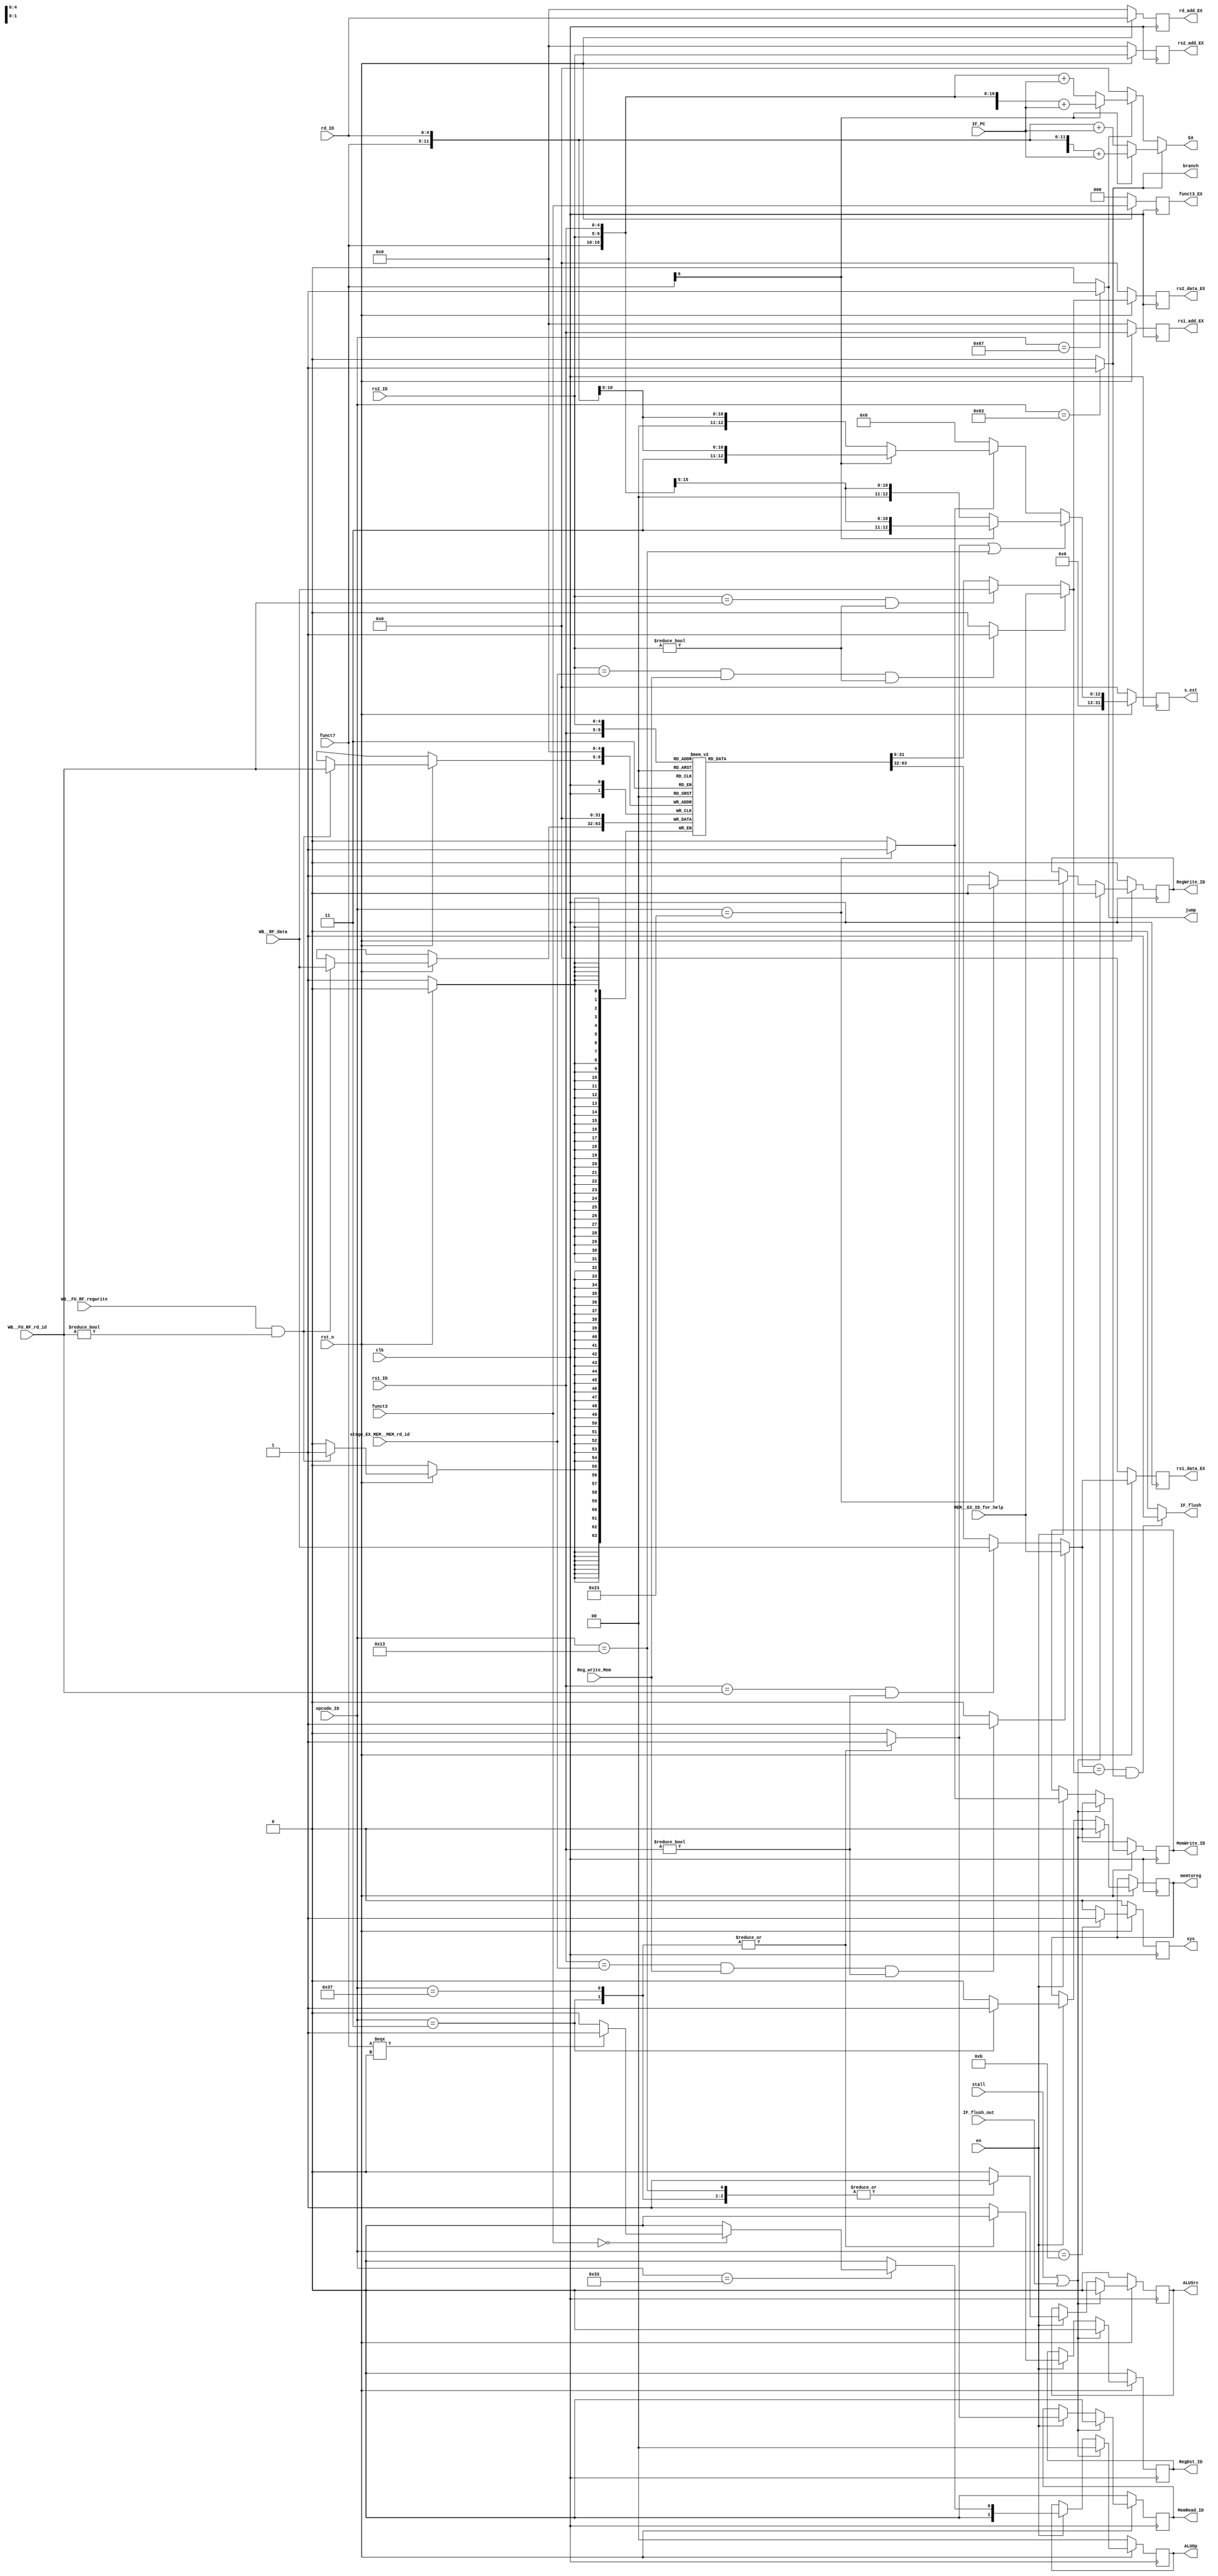
// Code your design here
module ID (
  	
    input clk,
    input rst_n,
    input en, //for PC and IF
    input [31:0] IF_PC,
    input [6:0] opcode_ID, 
    input [4:0] rs1_ID, 
    input [4:0] rs2_ID, 
    input [4:0] rd_ID,
    input IF_flush_out, //going to control logic
    input         WB__FU_RF_regwrite, // regwrite from WB
    input [4:0]   WB__FU_RF_rd_id, //WB regdata
    input [31:0]  WB__RF_data , //WB rd_id
    input stall, //from HDU
    input [31:0] MEM__EX_ID_for_help, //ALU result
    input stage_EX_MEM__MEM_rd_id, //Rd from EX
    output reg [4:0] rs1_add_EX, rs2_add_EX, rd_add_EX,
    output reg [31:0] rs1_data_EX, rs2_data_EX,
    output reg ALUSrc,
    output reg [1:0] ALUOp ,  
    output reg MemRead_ID,
    output reg MemWrite_ID,
    output reg RegWrite_ID,
    output reg RegDst_ID,
    output IF_flush ,//going to IF and can be used to select address also for pc
    output reg [31:0] EA, //Effective address 
    input [2:0] funct3,
    input [6:0] funct7,
    output reg sys,
    output reg [2:0] funct3_EX,
    output reg [31:0]s_ext,
    output reg jump,
    output reg branch,
    output reg memtoreg,
    input Reg_write_Mem
    ); //sign extended value for lw/sw

    //control logic
    reg ALUSrc_temp, MemWrite_ID_temp, RegDst_ID_temp, RegWrite_ID_temp,MemRead_ID_temp,sys_temp;
    reg [1:0]ALUOp_temp;
    reg load, store;
    reg memtoreg_temp;
    always@(*)
    begin
      ALUOp_temp=0;
      ALUSrc_temp=0;
      MemRead_ID_temp=0;
      MemWrite_ID_temp=0;
      RegWrite_ID_temp=1;
      RegDst_ID_temp=1;
      branch=0;
      jump=0;
      load=0;
      store=0;
      sys_temp=0;
      memtoreg_temp=0;
      case(opcode_ID)
        7'b0110011: //R-type
          begin
          ALUSrc_temp=0;
            if(funct3==000)
              begin
                if(funct7===0000000)
                  ALUOp_temp=01;
                else if (funct7==0100000)
                  ALUOp_temp=10;
              end
            else if(funct3==101)
              begin
                if(funct7==0000000)
                  ALUOp_temp = 01;
                else if(funct7==0100000)
                  ALUOp_temp=01;
              end
            else if(funct3==110 && funct7==0000000)
              ALUOp_temp=01;
            else if(funct3==111 && funct7==0000000)
              ALUOp_temp=01;
          end
        7'b0010011: //ADDI
          begin
            ALUSrc_temp=1;
            ALUOp_temp=00;
          end
        7'b0100011: //STORE
          begin
            MemWrite_ID_temp=1;
            RegWrite_ID_temp=0;
            ALUSrc_temp=1;
            store=1;
          end
        7'b0000011: //LOAD
          begin
            RegDst_ID_temp=0;
            MemRead_ID_temp=1;
            ALUSrc_temp=1;
            load=1;
            memtoreg_temp=1;
          end
        7'b0110111: //LUI
          begin
            RegDst_ID_temp=0;
            MemRead_ID_temp=1;
            ALUSrc_temp=1;
            load=1;
          end
        7'b1100011: //beq
          begin
            branch=1;
          end
        7'b1100111: //jal
          begin
            jump=1;
          end
        7'b0001011: //sys
          begin
            sys_temp=1;
          end
        endcase

    end
//stall logic (control signals)
always@(posedge clk)
    if(!rst_n)
      begin
        ALUSrc <=0;
        ALUOp <=0;
        MemRead_ID <=0;
        MemWrite_ID <=0;
        RegWrite_ID <=0;
        RegDst_ID <=0;
      end
    else 
      begin
        if(stall || IF_flush_out )
          begin
            ALUSrc <=0;
            ALUOp <=0;
            MemRead_ID <=0;
            MemWrite_ID <=0;
            RegWrite_ID <=0;
            RegDst_ID <=0;
            memtoreg <=0;
          end
        else
          begin
            if(en) begin
              ALUSrc <=ALUSrc_temp;
              ALUOp <=ALUOp_temp;
              MemRead_ID <=MemRead_ID_temp;
              MemWrite_ID <=MemWrite_ID_temp;
              RegWrite_ID <=RegWrite_ID_temp;
              RegDst_ID <=RegDst_ID_temp;
              memtoreg <= memtoreg_temp;
            end
          end
      end
    
    //RF
    reg [31:0] rs1_RF; //from RF
    reg [31:0] rs2_RF;  // from RF
    reg [31:0] RF [31:0];

    always@(posedge clk)
      begin
        if(!rst_n)
          RF[0] <= 0;
        else begin
          if(WB__FU_RF_regwrite & WB__FU_RF_rd_id!=0)
              RF[WB__FU_RF_rd_id] <= WB__RF_data;
        end
      end
    //IFRF
    always@(*)
      begin
        if(rs1_ID == WB__FU_RF_rd_id && rs1_ID !=0)
          rs1_RF = WB__RF_data;
        else
          rs1_RF = RF[rs1_ID];
        if(rs2_ID == WB__FU_RF_rd_id && rs2_ID !=0)
          rs2_RF = WB__RF_data;
        else
          rs2_RF = RF[rs2_ID];
      end

    //FU_Br
    wire FW_rs1, FW_rs2;
    wire [31:0] rs1_out; //to reg 
    wire [31:0] rs2_out;  // to reg
    assign FW_rs1 = (rs1_ID==stage_EX_MEM__MEM_rd_id && Reg_write_Mem && rs1_ID !=0)?1:0;
    assign FW_rs2 = (rs2_ID==stage_EX_MEM__MEM_rd_id && Reg_write_Mem && rs2_ID !=0)?1:0;

    assign rs1_out = FW_rs1?MEM__EX_ID_for_help:rs1_RF;
    assign rs2_out = FW_rs2?MEM__EX_ID_for_help:rs2_RF;
    //Beq
    assign IF_flush = ((rs1_out==rs2_out)&&branch)?1:0;
    //Address Calc
    always@(*)
      begin
        if(branch)
          EA = (funct7[6])?({20'b1,funct7,rd_ID} + IF_PC):({20'b0,funct7,rd_ID} + IF_PC);
        else if(jump)
          EA = (funct7[6])?({15'b1,funct7,rs2_ID,rs1_ID} + IF_PC):({15'b0,funct7,rs2_ID,rs1_ID} + IF_PC);
        else
          EA=0;
      end
//sign extension
reg [31:0]s_ext_temp;
always@(*)
  begin
    if(load||(opcode_ID == 7'b0010011))
      s_ext_temp = (funct7[6])?({20'b1,funct7,rs2_ID}):({20'b0,funct7,rs2_ID});
    else if(store)
      s_ext_temp = (funct7[6])?({20'b1,funct7,rd_ID}):({20'b0,funct7,rd_ID});
    else 
      s_ext_temp = 0;
  end

always@(posedge clk)
  begin
    if(!rst_n)
      begin
        rs1_add_EX <= 0;
        rs2_add_EX <= 0;
        rd_add_EX <= 0;
        rs1_data_EX <= 0;
        rs2_data_EX <=0;
        funct3_EX <=0;
        s_ext <=0;
        sys <=0;
      end
    else
      begin
        rs1_add_EX <= rs1_ID ;
        rs2_add_EX <=rs2_ID ;
        rd_add_EX <= rd_ID;
        rs1_data_EX <= rs1_out;
        rs2_data_EX <=rs2_out;
        funct3_EX <=funct3;
        s_ext <=s_ext_temp;
        sys <= sys_temp;
      end
  end
endmodule